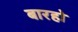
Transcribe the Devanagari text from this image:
बारहो